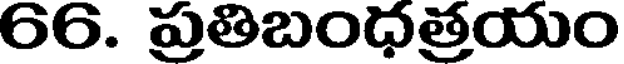
66. ప్రతిబంధత్రయం